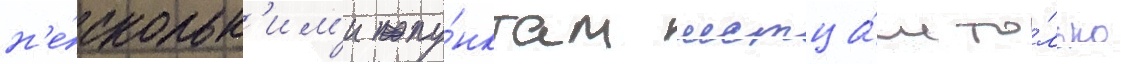
н'е́скольк'им'и пу́нктам истца́м то́лько